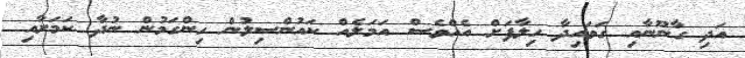
އަދި ގާނޫނާއި ގަވައިދާ ހިލާފަށް އެއްވެސް އަމަލެއް ކައުންސިލުން ހިންގަމުން ނުދާ ކަމަށާއި